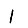
Digit: 1